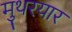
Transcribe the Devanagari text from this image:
मुथरयार